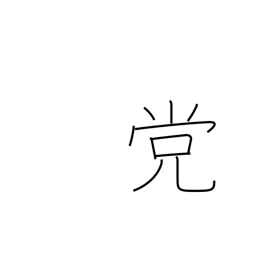
Meaning: faction